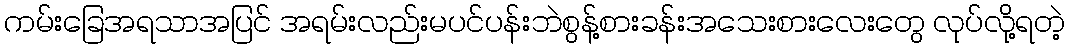
ကမ်းခြေအရသာအပြင် အရမ်းလည်းမပင်ပန်းဘဲစွန့်စားခန်းအသေးစားလေးတွေ လုပ်လို့ရတဲ့